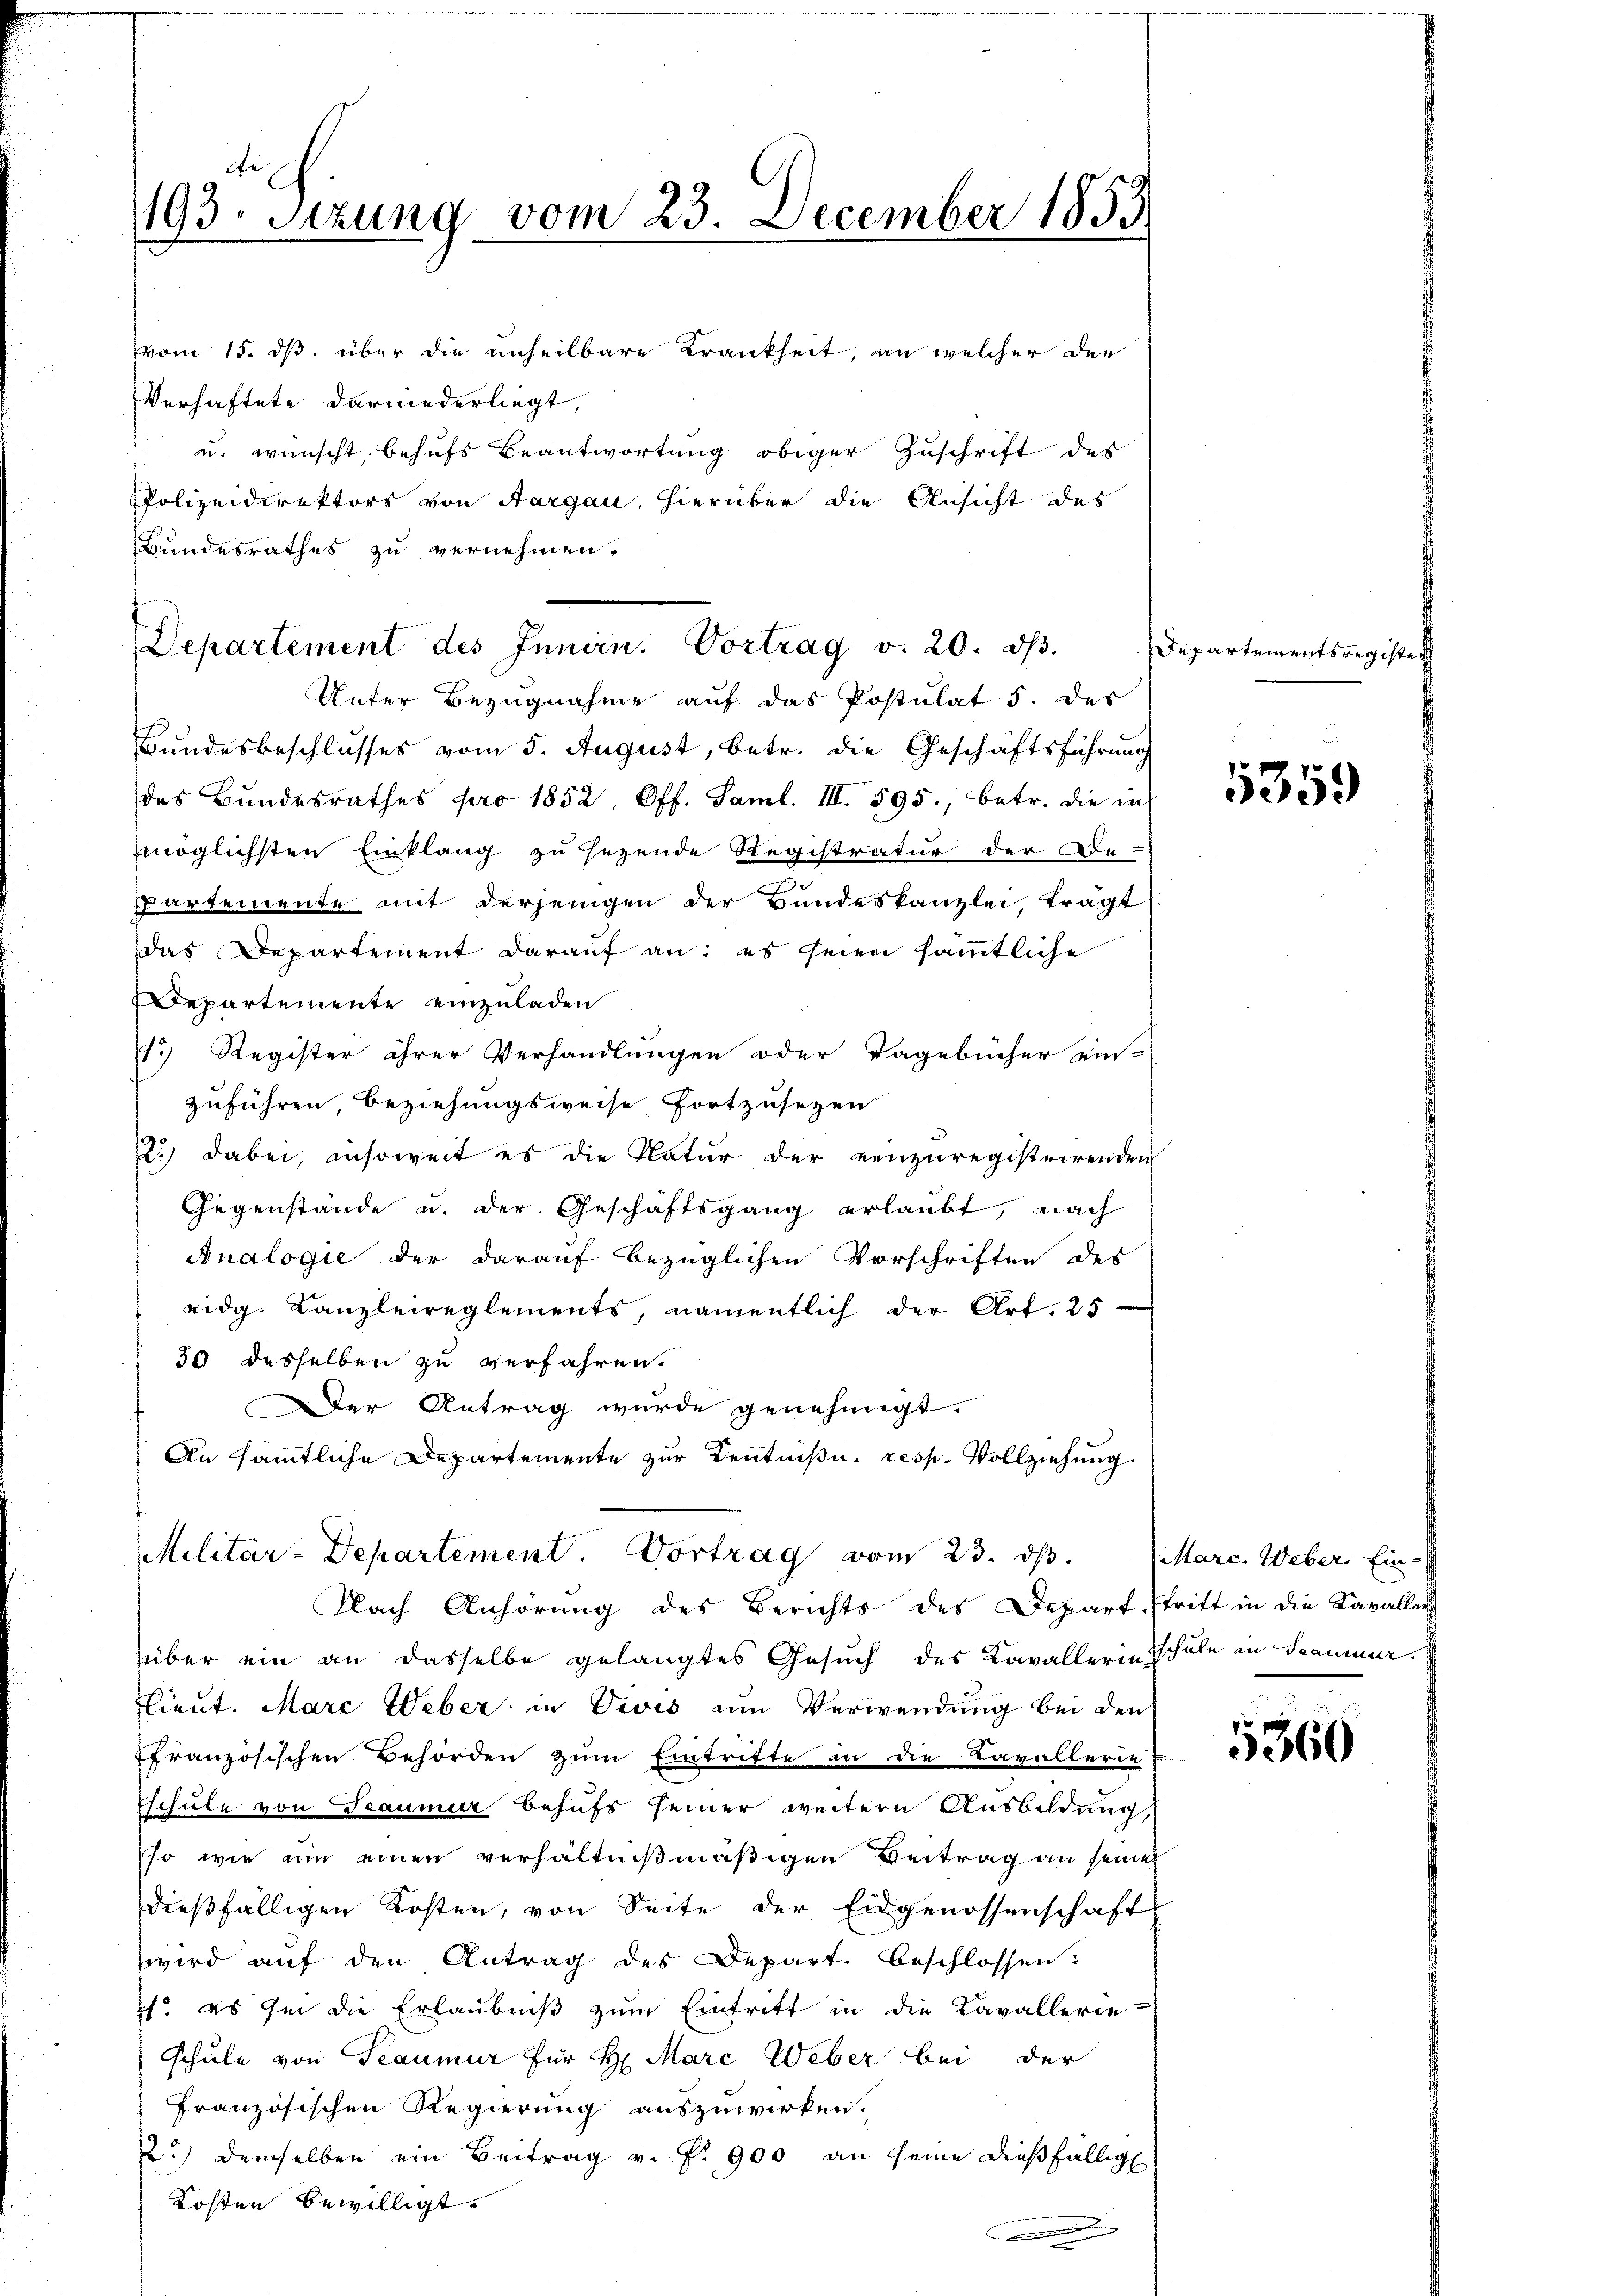
193. Sitzung vom 23. December 1853

vom 15. dß, über die unheilbare Krankheit, an welcher der
Verhaftete darniederliegt,
u. wünscht behufs Beantwortung obiger Zuschrift des
d
PPolizeidirektors von Aargau, hierüber die Ansicht des
Bundesrathes zu vernehmen.
Unter Bezugnahme auf das Postulat 5. des
Bundesbeschlusses vom 5. August, betr. die Geschäftsführung
des Bundesrathes pro 1852. Off. Saml. III. 595., betr. die in
möglichsten Einklang zu sezende Registratur der Be-
Partemente mit derjenigen der Bundeskanzlei, trägt.
das Departement darauf an: es seien sämmtliche
Departemente einzuladen
1.) Register ihrer Verhandlungen oder Tagebücher ein-
zuführen, beziehungsweise fortzusetzen
2.) Dabei, insoweit es die Natur der einzuregistrirenden
Gegenstände u. der Geschäftsgang erlaubt, nach
Analogie der darauf bezüglichen Vorschriften des
eidg. Kanzleireglements, namentlich der Art. 25
30 desselben zu verfahren.
Der Antrag wurde genehmigt.
An sämmtliche Departemente zur Kenntniße. resp. Vollziehung
Militär-Departement Vortrag vom 23. ds.
Nach Anhörung des Berichts des Depart stritt in die Kavaller
über ein an dasselbe gelangtes Gesuch des Kavallerin schule an Sammer.
Flieut. Marc Weber in Divis am Verwendung bei den
ffranzösischen Behörden zŭm Eintritte in die Tavallerie-
Eschule von Seaumur behufs seiner weitern Ausbildung,
so wie um einen verhältnißmäßigen Beitrag an seinen
dießfälligen Kosten, von Seite der Eidgenossenschafts
wird auf den Antrag des Depart. beschlossen:
1. es ihm die Erlaubniß zum Eintritt in die Cavallerie-
schule von Teaumur für H: Marc Weber bei der
französischen Regierung auszuwirken.
22.) Demselben ein Beitrag v. P. 900 an seine dießfällig
Kosten bewilligt.
x
.

Departement des Innern. Vortrag v. 20. d.

Departementsregister

1359

Marc. Weber Ein¬

5360